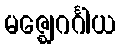
မဇ္ဈေဂင်္ဂါယ